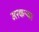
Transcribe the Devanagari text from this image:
मस्कऱ्या